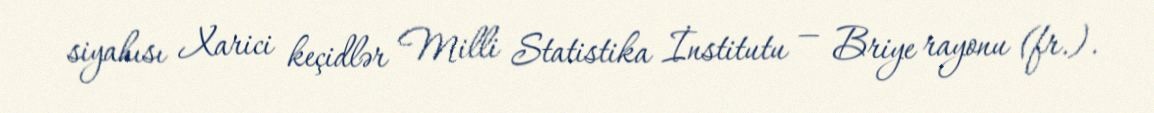
siyahısı Xarici keçidlər Milli Statistika İnstitutu — Briye rayonu (fr.).